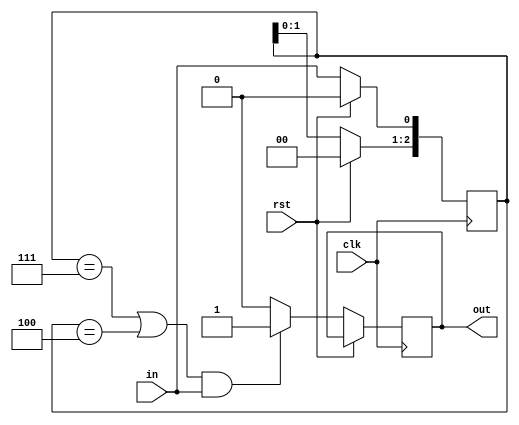
module FSM_lab(clk, rst, in, out);
    input clk;
    input rst;
    input in;
    output reg out;

    reg [2:0]buffer;

    always @(posedge clk) begin
        if (rst) begin
            buffer <= 0;
        end
        else begin
            // update buffer
            buffer <= buffer << 1;
            buffer[0] <= in;
            // generate out (simultaneously)
            if ((buffer == 3'b111 || buffer == 3'b100) && in)
                out <= 1;
            else
                out <= 0;
        end
    end
endmodule